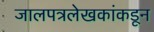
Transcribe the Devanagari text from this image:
जालपत्रलेखकांकडून